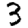
Digit: 3